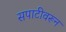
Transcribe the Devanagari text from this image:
सपाटीवरून